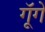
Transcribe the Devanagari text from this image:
गूॅगें